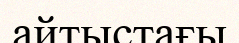
айтыстағы